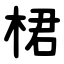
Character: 桾